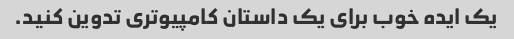
یک ایده خوب برای یک داستان کامپیوتری تدوین کنید.